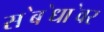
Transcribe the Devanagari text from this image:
स॓ब॓धा॓वर